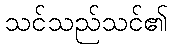
သင်သည်သင်၏